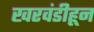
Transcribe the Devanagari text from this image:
खरवंडीहून